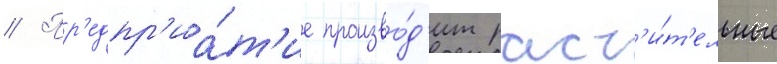
// Пр'едпр'иа́т'ие произво́д'ит раст'и́т'ельные